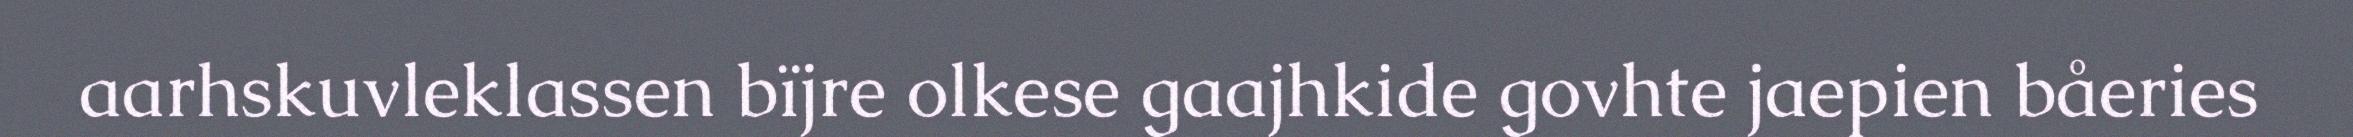
aarhskuvleklassen bïjre olkese gaajhkide govhte jaepien båeries